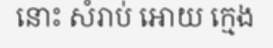
នោះ សំរាប់ អោយ ក្មេង